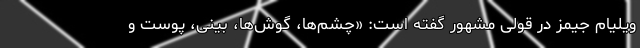
ویلیام جیمز در قولی مشهور گفته است: «چشم‌ها، گو‌ش‌ها، بینی، پوست و